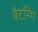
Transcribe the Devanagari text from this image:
बैटरिंग